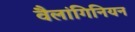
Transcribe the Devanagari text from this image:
वैलांगिनियन